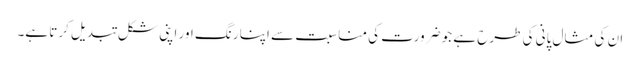
ان کی مثال پانی کی طرح ہے جو ضرورت کی مناسبت سے اپنا رنگ اور اپنی شکل تبدیل کرتا ہے۔